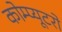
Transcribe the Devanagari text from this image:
कोम्प्यूटरो